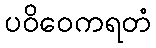
ပဝိဝေကရတံ